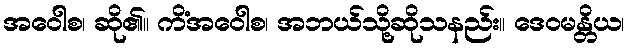
အဝေါစ၊ ဆို၏။ ကိံအဝေါစ၊ အဘယ်သို့ဆိုသနည်း။ ဒေဝမန္တိယ၊